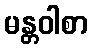
မန္တဝါစာ